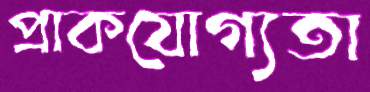
প্রাকযোগ্যতা